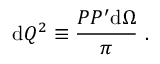
\mathrm { d } Q ^ { 2 } \equiv \frac { P P ^ { \prime } \mathrm { d } \Omega } { \pi } ~ .